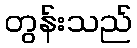
တွန်းသည်